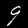
Label: 9